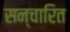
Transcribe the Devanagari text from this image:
सन्चारित